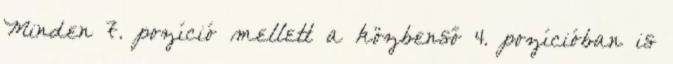
Minden 7. pozíció mellett a közbenső 4. pozícióban is